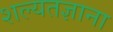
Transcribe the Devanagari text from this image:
शल्यतज्ञाना